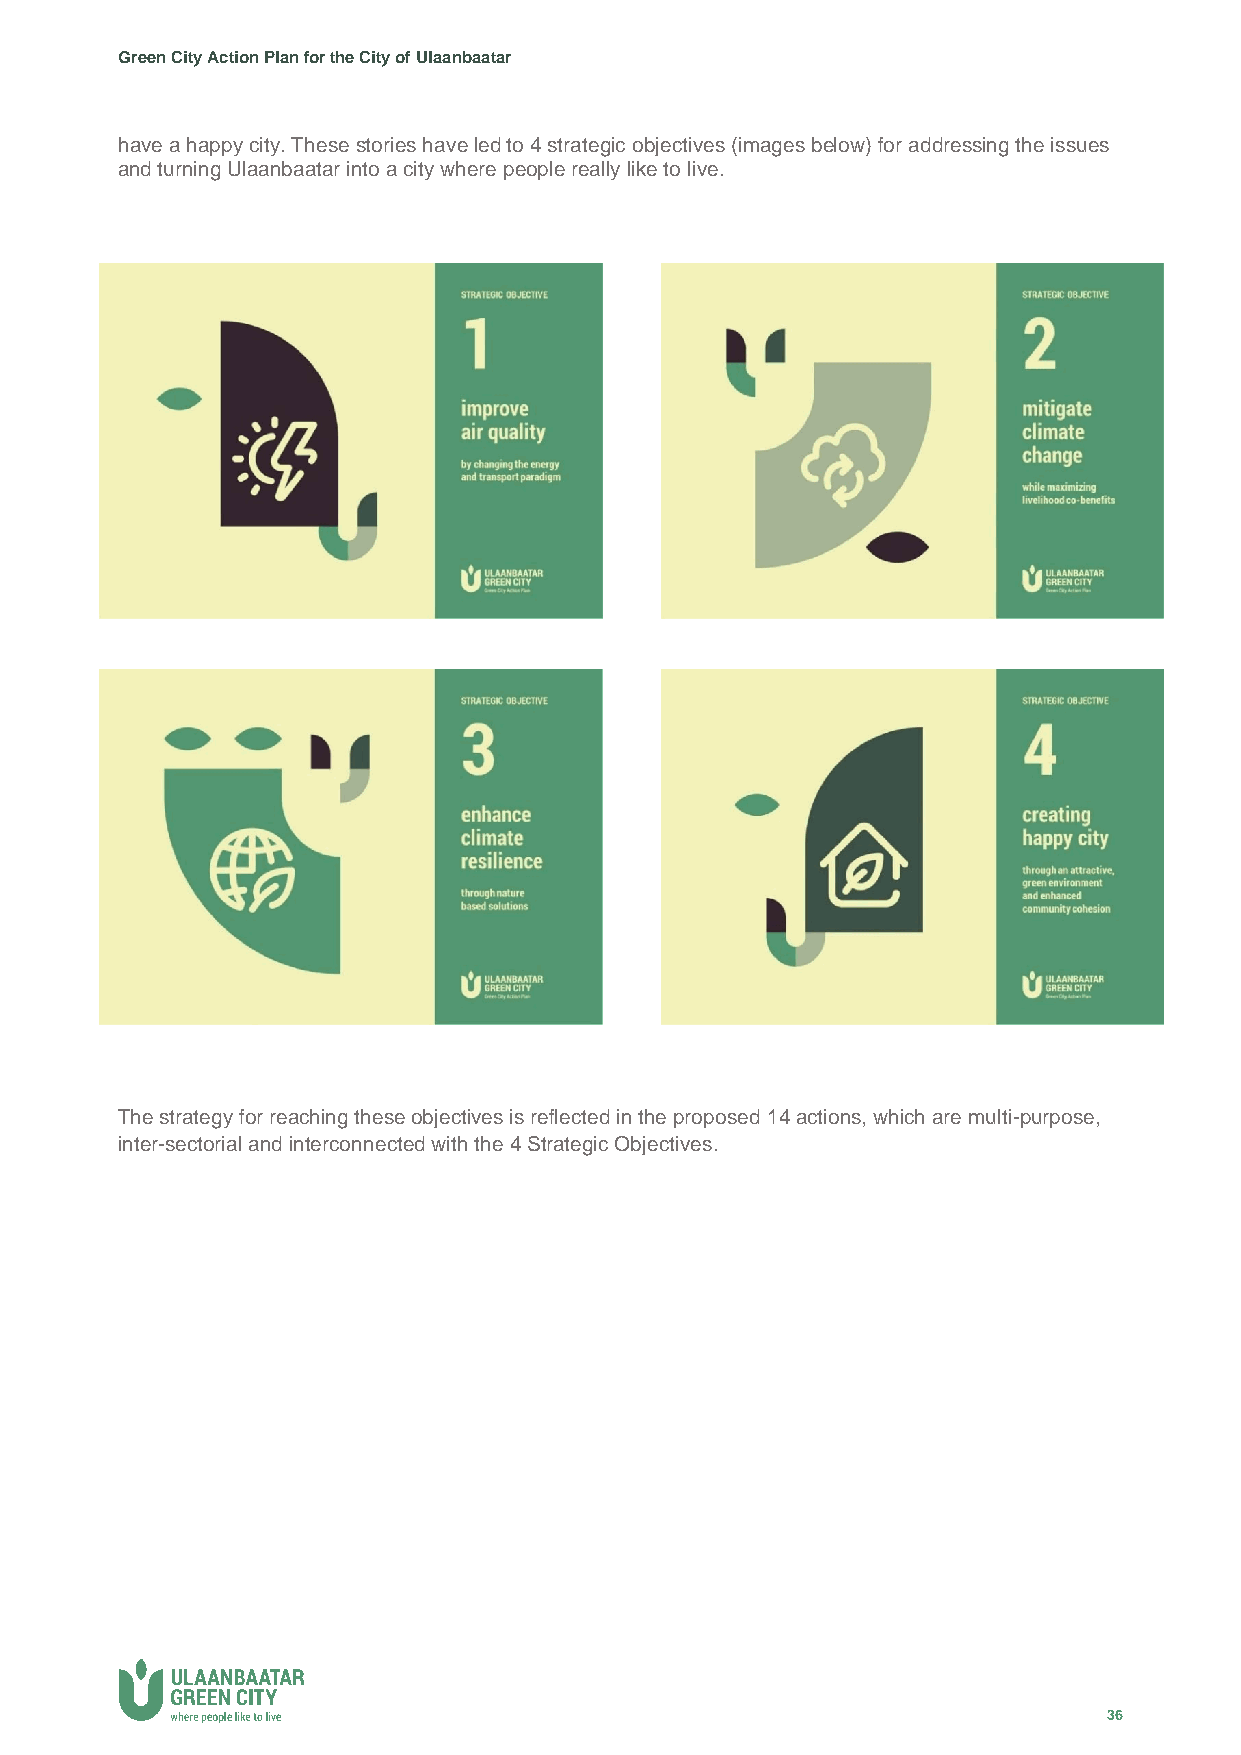
Green City Action Plan for the City of Ulaanbaatar
 have a happy city. These stories have led to 4 strategic objectives (images below) for addressing the issues
 and turning Ulaanbaatar into a city where people really like to live.
 The strategy for reaching these objectives is reflected in the proposed 14 actions, which are multi-purpose,
 inter-sectorial and interconnected with the 4 Strategic Objectives.
 36